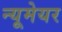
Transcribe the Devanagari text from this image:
न्यूमेयर